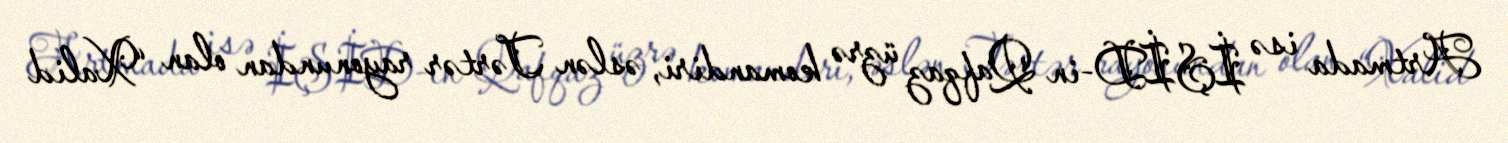
Artmada isə İŞİD-in Qafqaz üzrə komandiri, əslən Tərtər rayonundan olan “Xalid